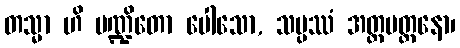
တသ္မာ ဟိ ပဏ္ဍိတော ပေါသော, သမ္ပဿံ အတ္ထမတ္တနော၊